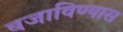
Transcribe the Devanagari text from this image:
बजाविण्यास